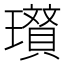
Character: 𭺐